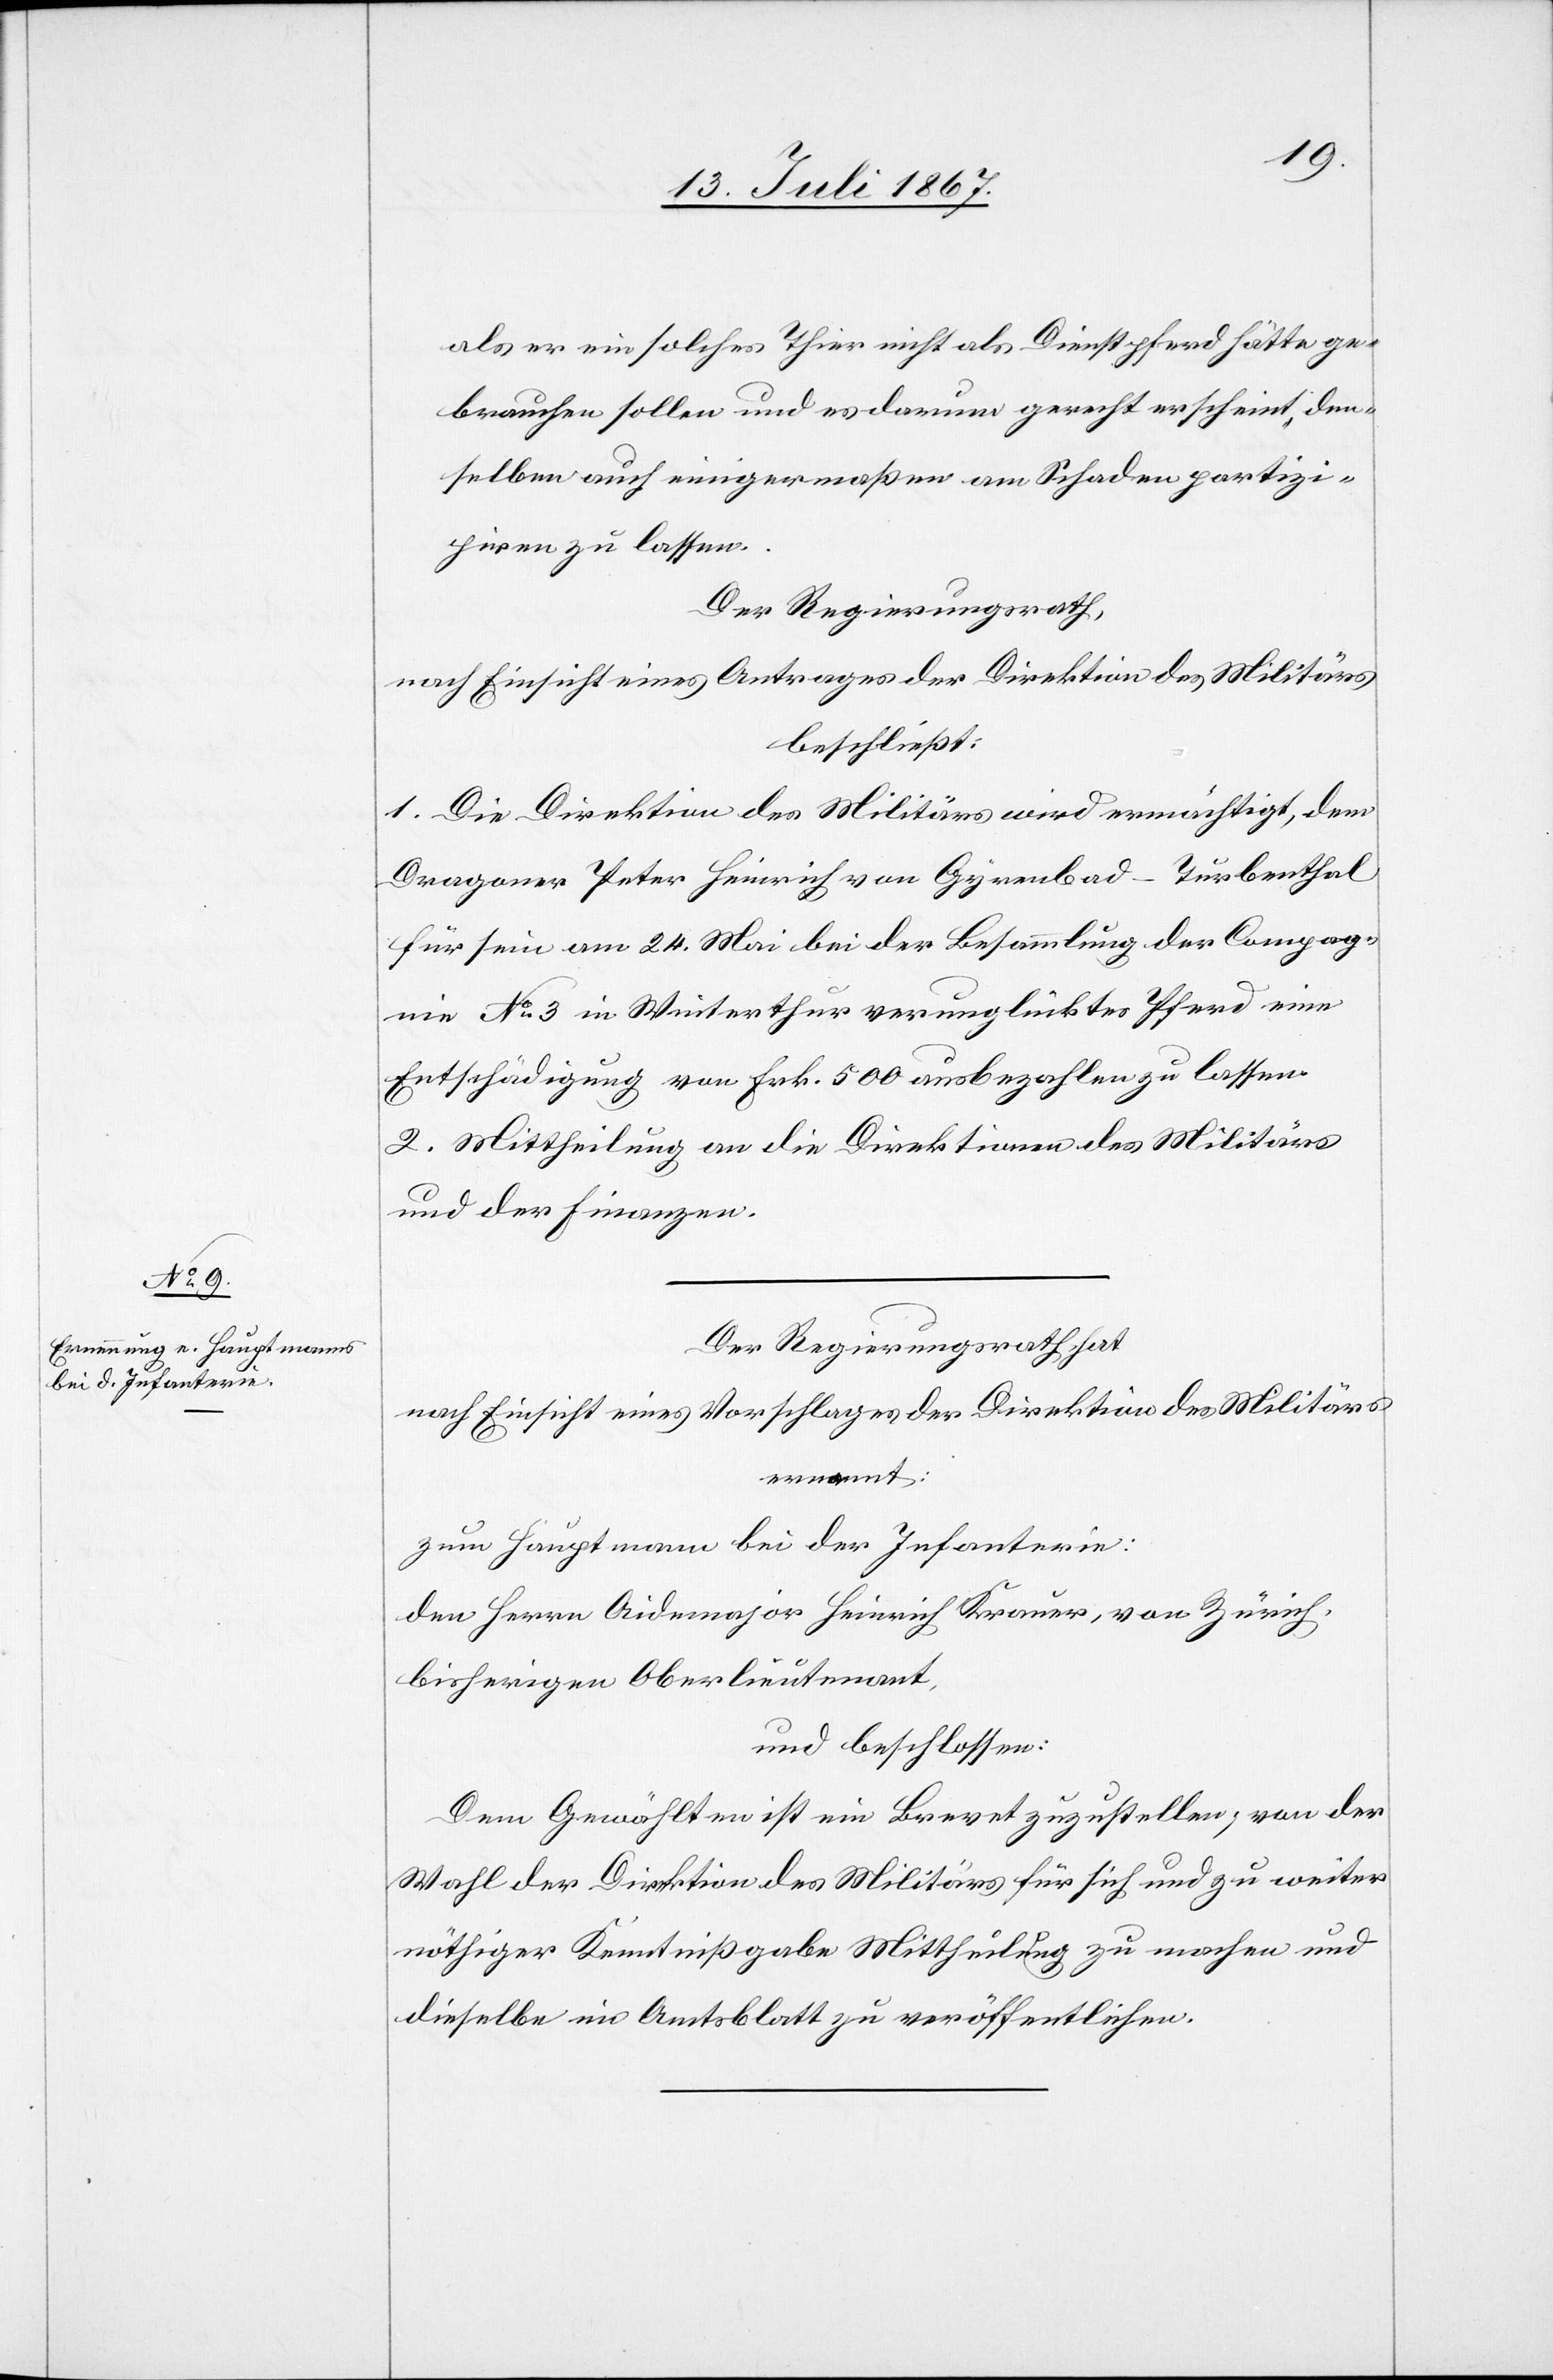
als er ein solches Thier nicht als Dienstpferd hätte ge¬
brauchen sollen und es darum gerecht erscheint, den¬
selben auch einigermaßen am Schaden partizi¬
piren zu lassen.
Der Regierungsrath,
nach Einsicht eines Antrages der Direktion des Militärs
beschließt:
1. Die Direktion des Militärs wird ermächtigt, dem
Dragoner Peter Heinrich von Gyrenbad-Turbenthal
für sein am 24. Mai bei der Besammlung der Compag¬
nie No. 3 in Winterthur verunglücktes Pferd eine
Entschädigung von Frk. 500 ausbezahlen zu lassen.
2. Mittheilung an die Direktionen des Militärs
und der Finanzen.
Der Regierungsrath hat,
ernannt:
zum Hauptmann bei der Infanterie:
den Herrn Aidmajor Heinrich Krauer, von Zürich,
bisherigen Oberlieutenant,
und beschlossen:
Dem Gewählten ist ein Brevet zuzustellen; von der
Wahl der Direktion des Militärs für sich und zu weiter
nöthiger Kenntnißgabe Mittheilung zu machen und
dieselbe im Amtsblatt zu veröffentlichen.